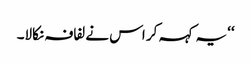
‘‘ یہ کہہ کر اس نے لفافہ نکالا۔